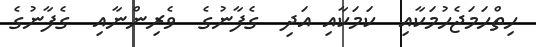
ހިތްހަމަޖެހުމަކާއި  ކަމަކާއި އަދި  ގެފާނުގެ  ވެރިންނާއި  ގެފާނުގެ